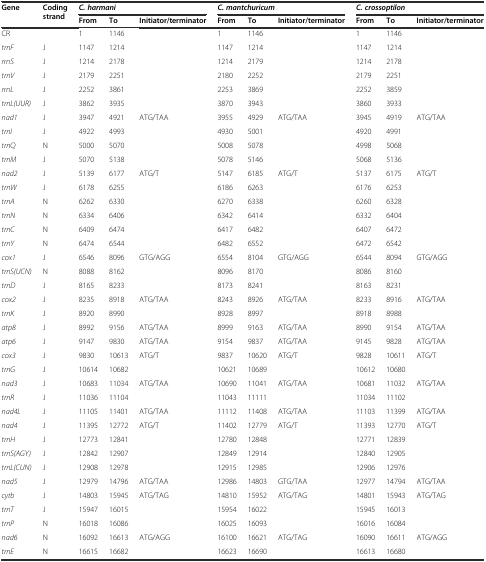
<table><thead><tr><td rowspan="2"><b>Gene</b></td><td rowspan="2"><b>Coding strand</b></td><td colspan="3"><b><i>C. harmani</i></b></td><td colspan="3"><b><i>C. mantchuricum</i></b></td><td colspan="3"><b><i>C. crossoptilon</i></b></td></tr><tr><td><b>From</b></td><td><b>To</b></td><td><b>Initiator/terminator</b></td><td><b>From</b></td><td><b>To</b></td><td><b>Initiator/terminator</b></td><td><b>From</b></td><td><b>To</b></td><td><b>Initiator/terminator</b></td></tr></thead><tbody><tr><td>CR</td><td></td><td>1</td><td>1146</td><td></td><td>1</td><td>1146</td><td></td><td>1</td><td>1146</td><td></td></tr><tr><td><i>trnF</i></td><td>J</td><td>1147</td><td>1214</td><td></td><td>1147</td><td>1214</td><td></td><td>1147</td><td>1214</td><td></td></tr><tr><td><i>rrnS</i></td><td>J</td><td>1214</td><td>2178</td><td></td><td>1214</td><td>2179</td><td></td><td>1214</td><td>2178</td><td></td></tr><tr><td><i>trnV</i></td><td>J</td><td>2179</td><td>2251</td><td></td><td>2180</td><td>2252</td><td></td><td>2179</td><td>2251</td><td></td></tr><tr><td><i>rrnL</i></td><td>J</td><td>2252</td><td>3861</td><td></td><td>2253</td><td>3869</td><td></td><td>2252</td><td>3859</td><td></td></tr><tr><td><i>trnL(UUR)</i></td><td>J</td><td>3862</td><td>3935</td><td></td><td>3870</td><td>3943</td><td></td><td>3860</td><td>3933</td><td></td></tr><tr><td><i>nad1</i></td><td>J</td><td>3947</td><td>4921</td><td>ATG/TAA</td><td>3955</td><td>4929</td><td>ATG/TAA</td><td>3945</td><td>4919</td><td>ATG/TAA</td></tr><tr><td><i>trnI</i></td><td>J</td><td>4922</td><td>4993</td><td></td><td>4930</td><td>5001</td><td></td><td>4920</td><td>4991</td><td></td></tr><tr><td><i>trnQ</i></td><td>N</td><td>5000</td><td>5070</td><td></td><td>5008</td><td>5078</td><td></td><td>4998</td><td>5068</td><td></td></tr><tr><td><i>trnM</i></td><td>J</td><td>5070</td><td>5138</td><td></td><td>5078</td><td>5146</td><td></td><td>5068</td><td>5136</td><td></td></tr><tr><td><i>nad2</i></td><td>J</td><td>5139</td><td>6177</td><td>ATG/T</td><td>5147</td><td>6185</td><td>ATG/T</td><td>5137</td><td>6175</td><td>ATG/T</td></tr><tr><td><i>trnW</i></td><td>J</td><td>6178</td><td>6255</td><td></td><td>6186</td><td>6263</td><td></td><td>6176</td><td>6253</td><td></td></tr><tr><td><i>trnA</i></td><td>N</td><td>6262</td><td>6330</td><td></td><td>6270</td><td>6338</td><td></td><td>6260</td><td>6328</td><td></td></tr><tr><td><i>trnN</i></td><td>N</td><td>6334</td><td>6406</td><td></td><td>6342</td><td>6414</td><td></td><td>6332</td><td>6404</td><td></td></tr><tr><td><i>trnC</i></td><td>N</td><td>6409</td><td>6474</td><td></td><td>6417</td><td>6482</td><td></td><td>6407</td><td>6472</td><td></td></tr><tr><td><i>trnY</i></td><td>N</td><td>6474</td><td>6544</td><td></td><td>6482</td><td>6552</td><td></td><td>6472</td><td>6542</td><td></td></tr><tr><td><i>cox1</i></td><td>J</td><td>6546</td><td>8096</td><td>GTG/AGG</td><td>6554</td><td>8104</td><td>GTG/AGG</td><td>6544</td><td>8094</td><td>GTG/AGG</td></tr><tr><td><i>trnS(UCN)</i></td><td>N</td><td>8088</td><td>8162</td><td></td><td>8096</td><td>8170</td><td></td><td>8086</td><td>8160</td><td></td></tr><tr><td><i>trnD</i></td><td>J</td><td>8165</td><td>8233</td><td></td><td>8173</td><td>8241</td><td></td><td>8163</td><td>8231</td><td></td></tr><tr><td><i>cox2</i></td><td>J</td><td>8235</td><td>8918</td><td>ATG/TAA</td><td>8243</td><td>8926</td><td>ATG/TAA</td><td>8233</td><td>8916</td><td>ATG/TAA</td></tr><tr><td><i>trnK</i></td><td>J</td><td>8920</td><td>8990</td><td></td><td>8928</td><td>8997</td><td></td><td>8918</td><td>8988</td><td></td></tr><tr><td><i>atp8</i></td><td>J</td><td>8992</td><td>9156</td><td>ATG/TAA</td><td>8999</td><td>9163</td><td>ATG/TAA</td><td>8990</td><td>9154</td><td>ATG/TAA</td></tr><tr><td><i>atp6</i></td><td>J</td><td>9147</td><td>9830</td><td>ATG/TAA</td><td>9154</td><td>9837</td><td>ATG/TAA</td><td>9145</td><td>9828</td><td>ATG/TAA</td></tr><tr><td><i>cox3</i></td><td>J</td><td>9830</td><td>10613</td><td>ATG/T</td><td>9837</td><td>10620</td><td>ATG/T</td><td>9828</td><td>10611</td><td>ATG/T</td></tr><tr><td><i>trnG</i></td><td>J</td><td>10614</td><td>10682</td><td></td><td>10621</td><td>10689</td><td></td><td>10612</td><td>10680</td><td></td></tr><tr><td><i>nad3</i></td><td>J</td><td>10683</td><td>11034</td><td>ATG/TAA</td><td>10690</td><td>11041</td><td>ATG/TAA</td><td>10681</td><td>11032</td><td>ATG/TAA</td></tr><tr><td><i>trnR</i></td><td>J</td><td>11036</td><td>11104</td><td></td><td>11043</td><td>11111</td><td></td><td>11034</td><td>11102</td><td></td></tr><tr><td><i>nad4L</i></td><td>J</td><td>11105</td><td>11401</td><td>ATG/TAA</td><td>11112</td><td>11408</td><td>ATG/TAA</td><td>11103</td><td>11399</td><td>ATG/TAA</td></tr><tr><td><i>nad4</i></td><td>J</td><td>11395</td><td>12772</td><td>ATG/T</td><td>11402</td><td>12779</td><td>ATG/T</td><td>11393</td><td>12770</td><td>ATG/T</td></tr><tr><td><i>trnH</i></td><td>J</td><td>12773</td><td>12841</td><td></td><td>12780</td><td>12848</td><td></td><td>12771</td><td>12839</td><td></td></tr><tr><td><i>trnS(AGY)</i></td><td>J</td><td>12842</td><td>12907</td><td></td><td>12849</td><td>12914</td><td></td><td>12840</td><td>12905</td><td></td></tr><tr><td><i>trnL(CUN)</i></td><td>J</td><td>12908</td><td>12978</td><td></td><td>12915</td><td>12985</td><td></td><td>12906</td><td>12976</td><td></td></tr><tr><td><i>nad5</i></td><td>J</td><td>12979</td><td>14796</td><td>ATG/TAA</td><td>12986</td><td>14803</td><td>GTG/TAA</td><td>12977</td><td>14794</td><td>ATG/TAA</td></tr><tr><td><i>cytb</i></td><td>J</td><td>14803</td><td>15945</td><td>ATG/TAG</td><td>14810</td><td>15952</td><td>ATG/TAG</td><td>14801</td><td>15943</td><td>ATG/TAG</td></tr><tr><td><i>trnT</i></td><td>J</td><td>15947</td><td>16015</td><td></td><td>15954</td><td>16022</td><td></td><td>15945</td><td>16013</td><td></td></tr><tr><td><i>trnP</i></td><td>N</td><td>16018</td><td>16086</td><td></td><td>16025</td><td>16093</td><td></td><td>16016</td><td>16084</td><td></td></tr><tr><td><i>nad6</i></td><td>N</td><td>16092</td><td>16613</td><td>ATG/AGG</td><td>16100</td><td>16621</td><td>ATG/TAG</td><td>16090</td><td>16611</td><td>ATG/AGG</td></tr><tr><td><i>trnE</i></td><td>N</td><td>16615</td><td>16682</td><td></td><td>16623</td><td>16690</td><td></td><td>16613</td><td>16680</td><td></td></tr></tbody></table>